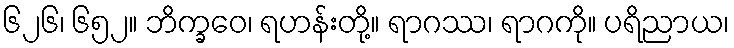
၆၂၆၊ ၆၅၂။ ဘိက္ခဝေ၊ ရဟန်းတို့။ ရာဂဿ၊ ရာဂကို။ ပရိညာယ၊